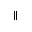
\parallel